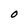
Character: O